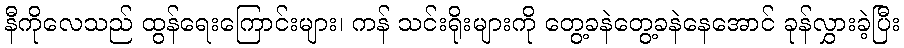
နီကိုလေသည် ထွန်ရေးကြောင်းများ၊ ကန် သင်းရိုးများကို တွေ့ခနဲတွေ့ခနဲနေအောင် ခုန်လွှားခဲ့ပြီး